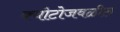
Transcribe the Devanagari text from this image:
क्योटोजवळील